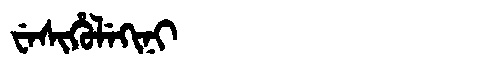
Manchu: ᠸᡝᠰᡳᡥᡠᠯᡝᡴᡳᠨᡳ
Romanization: WESIHULEKINI